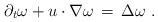
LaTeX: \begin{align*} \partial_t \omega + u\cdot \nabla \omega \,=\, \Delta \omega~.\end{align*}